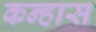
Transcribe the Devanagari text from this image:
कन्हास